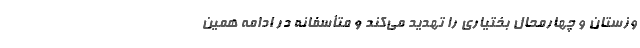
وزستان و چهارمحال بختیاری را تهدید می‌کند و متأسفانه در ادامه همین